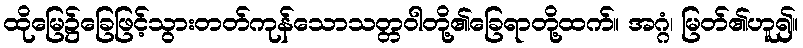
ထိုမြေ၌ခြေဖြင့်သွားတတ်ကုန်သောသတ္တဝါတို့၏ခြေရာတို့ထက်။ အဂ္ဂံ၊ မြတ်၏ဟူ၍။